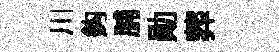
川鈎脯勛葬